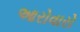
આરોવારો